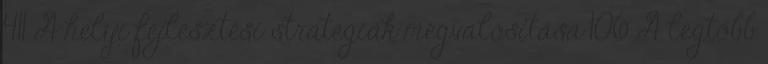
411 A helyi fejlesztési stratégiák megvalósítása 106 A legtöbb